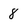
Character: 8